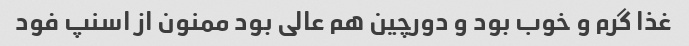
غذا گرم و خوب بود و دورچین هم عالی بود ممنون از اسنپ فود